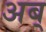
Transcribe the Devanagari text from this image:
अब्